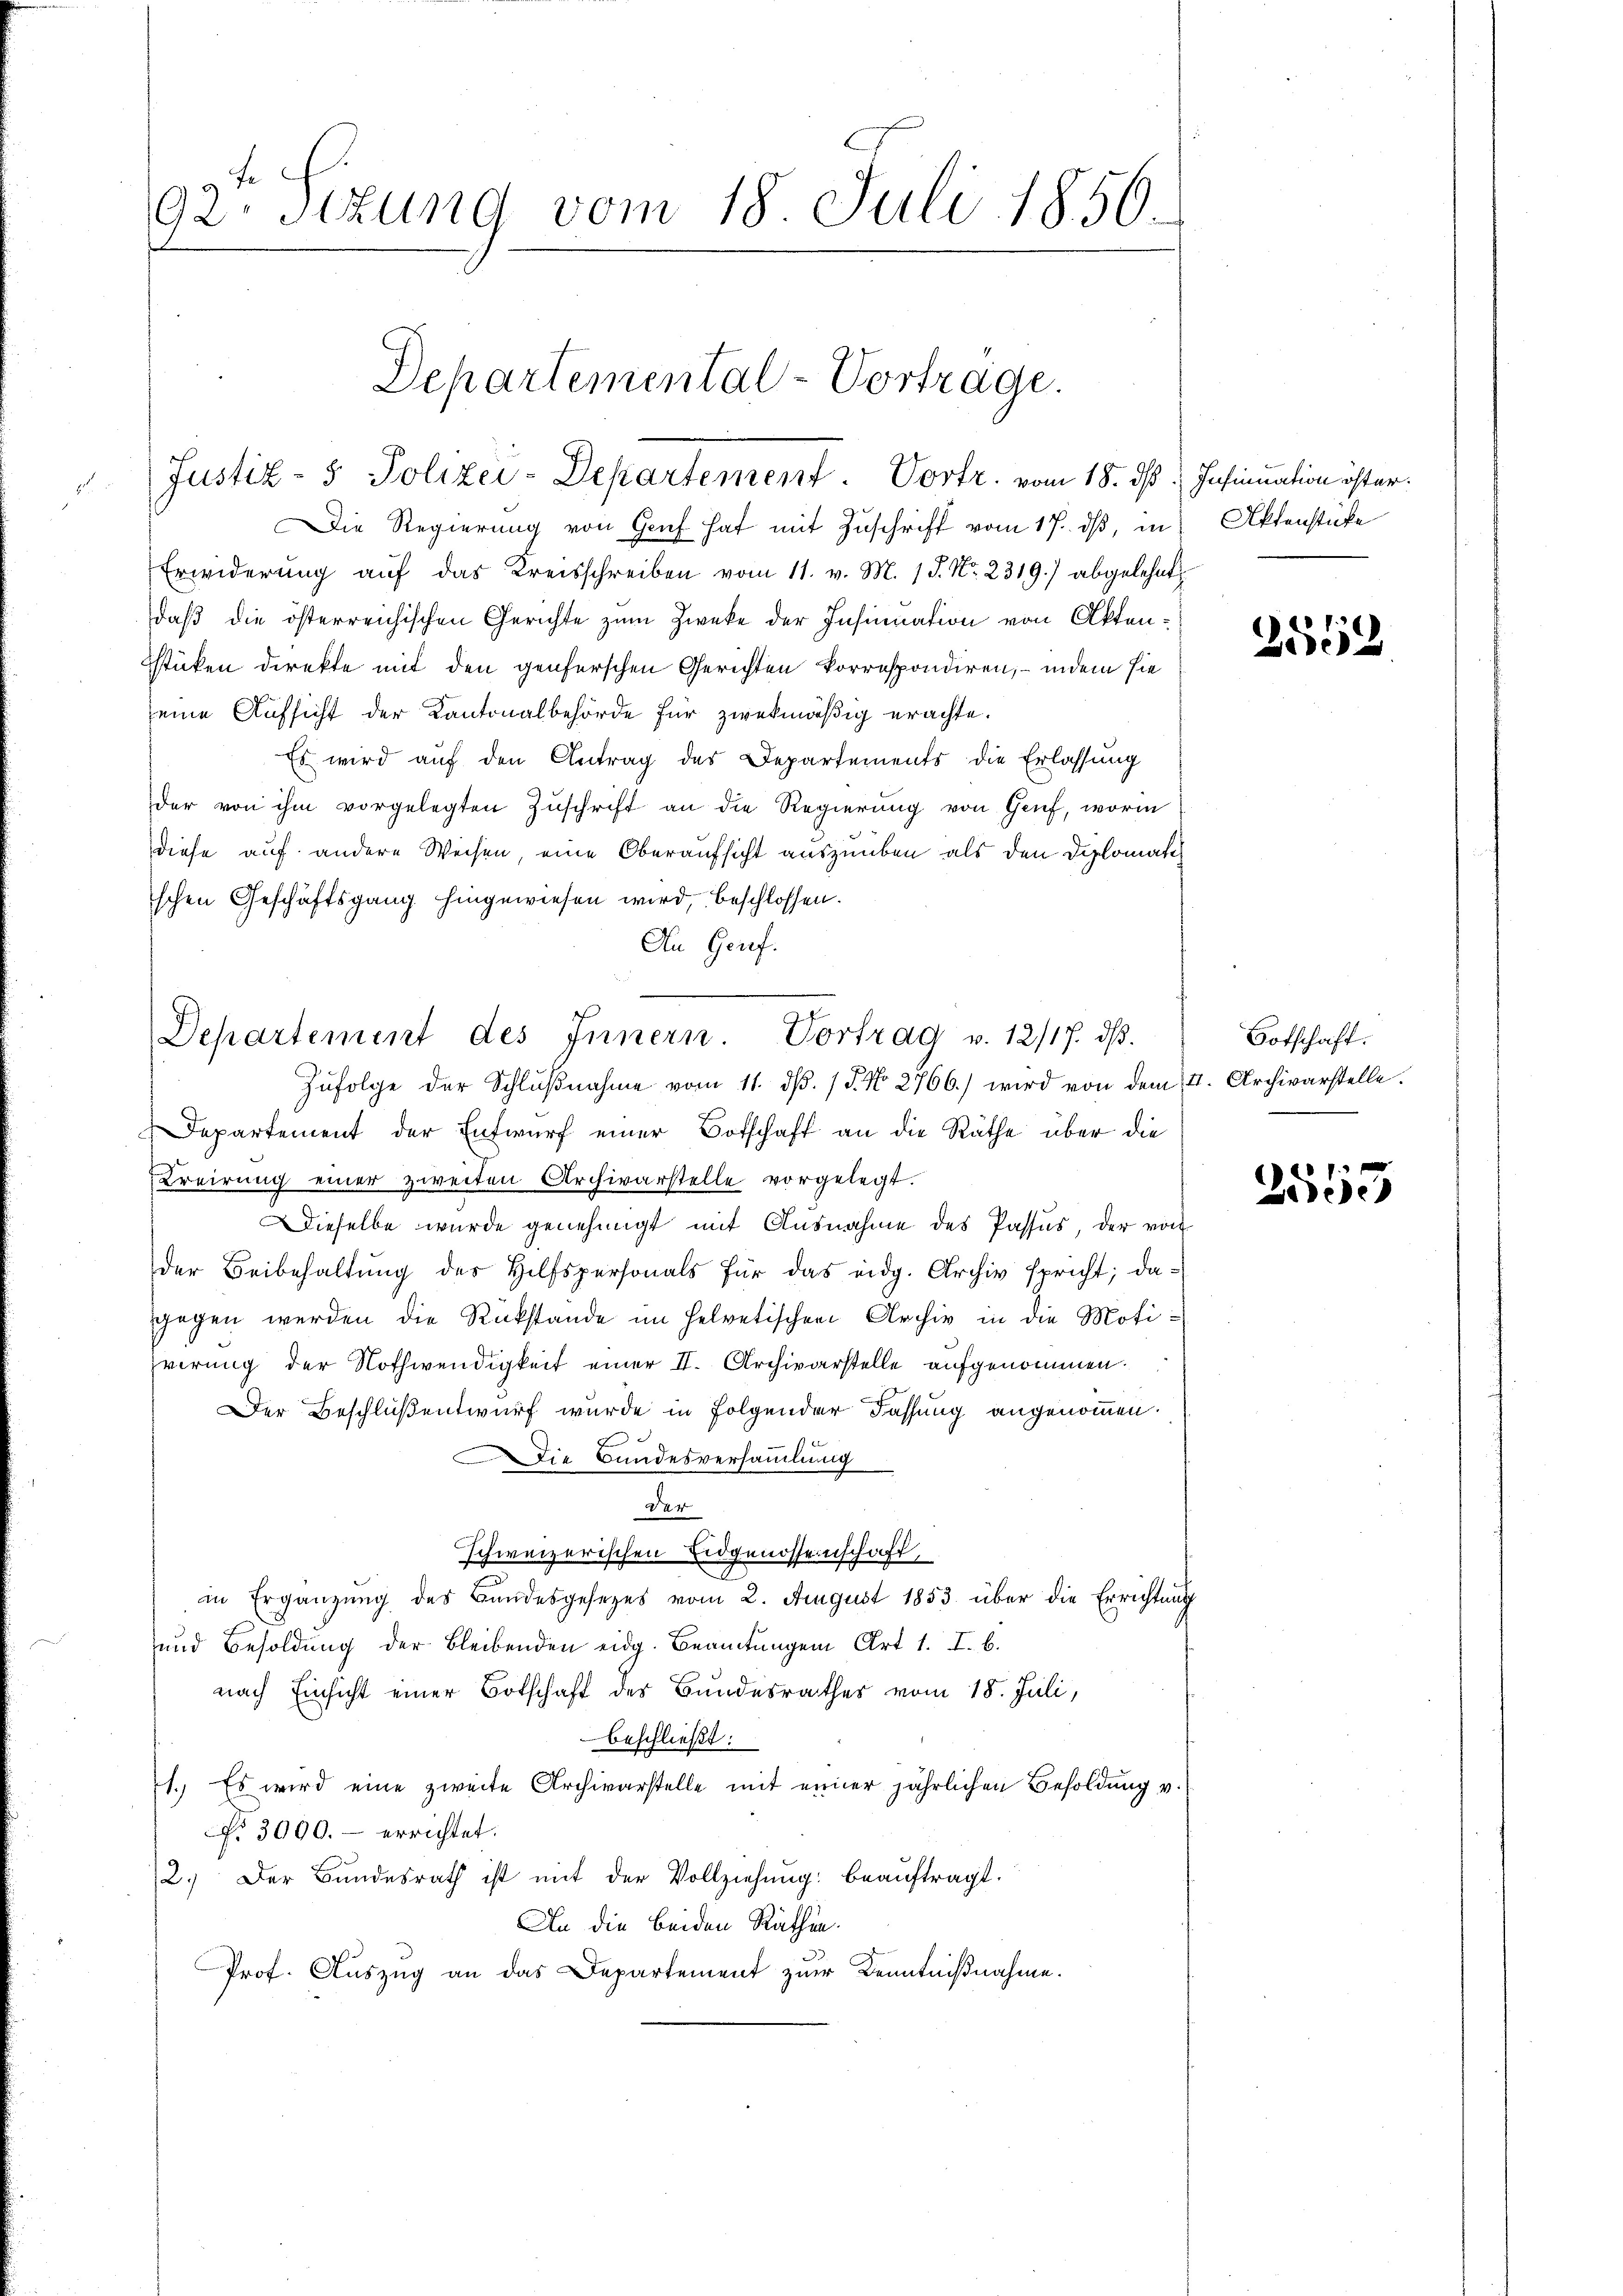
92. Sitzung vom 18 Juli 1850.

Erwiderung auf das Kreisschreiben vom 11. v. M. 18. No. 2319.) abgelehnt
daß die österreichischen Gerichte zum Zwecke der Insinuation von Akten¬
Estücken direkte mit den genferschen Gerichten korrespondiren; — indem sie
seine Aufsicht der Kantonalbehörde für zwekmäßig erachte.
Es wird auf den Antrag des Departements die Erlassung
der von ihm vorgelegten Zuschrift an die Regierung von Genf, worin
diese auf andere Weisen, eine Oberaufsicht auszuüben als den Diplomatischen Geschäftsgang hingewiesen wird, beschlossen.
An Genf.
Departement der Entwurf einer Botschaft an die Räthe über die
Kreirung einer zweiten Archivarstelle vorgelegt.
Dieselbe wurde genehmigt mit Ausnahme des Passus, der von
der Beibehaltŭng des Hilfspersonals für das eidg. Archiv spricht; da-
gegen werden die Rükstände im Helvetischen Archiv in die Motivirung der Nothwendigkeit einer II. Archivarstelle aufgenommen.
Der Beschlußentwurf wurde in Folgender Fassung angenommen.
Die Bundesversammlung
20r
schweizerischen Eidgenossenschaft,
in Ergänzung des Bundesgesezes vom 2. August 1853 über die Errichtung
und Besoldung der bleibenden eidg. Beamtungen Art 1. I. b.
nach Einsicht einer Botschaft des Bundesrathes vom 18. Juli,
beschließt:
71. Es wird eine zweite Archivarstelle mit einer jährlichen Besoldung v.
No 3000.- errichtet.
2. Der Bundesrath ist mit der Vollziehung beaŭftragt.
An die beiden Räthen.
Prof. Auszug an das Departement zur Kenntnißnahme.

Departemental-Vorträge.
Justiz- & Polizei-Departement. Vortr. vom 18. ds Insinuation öfter.
Die Regierung von Genf hat mit Zuschrift vom 17. dβ, in Aktenstücke

Departement des Innern. Vortrag v. 12/17. dβ.
Zŭfolge der Schlŭβnahme vom 11. dβ. / 5. No. 2766.) wird von dem 4. Archivarstelle.

2559

Botschaft:

x
Zesch